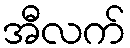
အီလက်